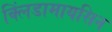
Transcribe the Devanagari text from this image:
क्लिंडामायसिन